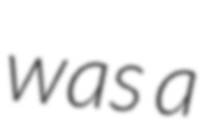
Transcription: was a